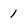
Character: 1